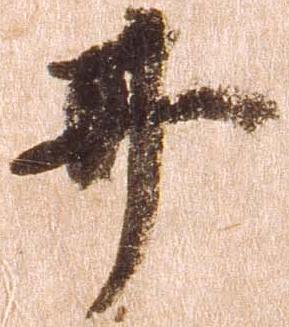
井